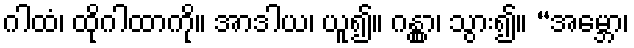
ဂါထံ၊ ထိုဂါထာကို။ အာဒါယ၊ ယူ၍။ ဂန္တွာ၊ သွား၍။ “အမ္ဘော၊